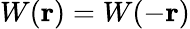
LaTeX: W(\boldsymbol{\mathbf{r}})=W(-\boldsymbol{\mathbf{r}})